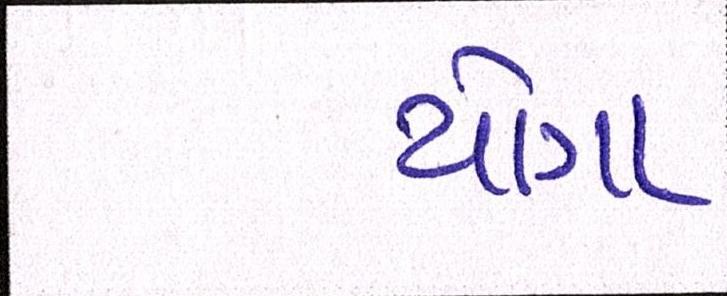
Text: યોગા